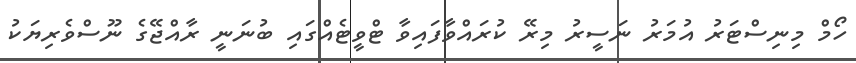
ހޯމް މިނިސްޓަރު އުމަރު ނަސީރު މިރޭ ކުރައްވާފައިވާ ޓްވީޓެއްގައި ބުނަނީ ރާއްޖޭގެ ނޫސްވެރިޔަކު